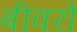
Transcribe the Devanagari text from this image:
बीवरों